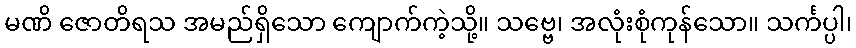
မဏိ ဇောတိရသ အမည်ရှိသော ကျောက်ကဲ့သို့။ သဗ္ဗေ၊ အလုံးစုံကုန်သော။ သင်္ကပ္ပါ၊